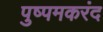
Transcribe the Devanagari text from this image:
पुष्पमकरंद